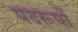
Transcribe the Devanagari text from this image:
पदरूपों